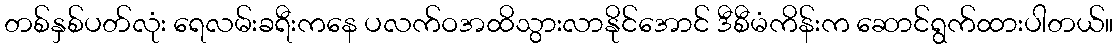
တစ်နှစ်ပတ်လုံး ရေလမ်းခရီးကနေ ပလက်ဝအထိသွားလာနိုင်အောင် ဒီစီမံကိန်းက ဆောင်ရွက်ထားပါတယ်။